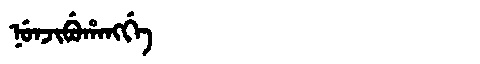
Manchu: ᠨᡠᠨᠵᡳᠪᡠᡥᠠᠩᡤᡝ
Romanization: NUNJIBUHANGGE